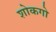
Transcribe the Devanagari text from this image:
शोकगो